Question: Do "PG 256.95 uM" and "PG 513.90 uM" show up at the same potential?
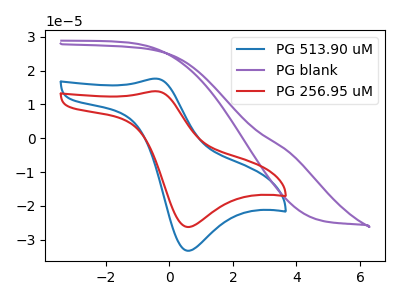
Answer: <think>The blue curve "PG 513.90 uM" has an anodic peak at (-0.40V, 17.60uA) and a cathodic peak at (0.60V, -33.25uA). The purple curve "PG blank" has no peaks. The red curve "PG 256.95 uM" has an anodic peak at (-0.40V, 13.90uA) and a cathodic peak at (0.60V, -26.20uA).
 All the peaks in "PG 256.95 uM" have a peak in "PG 513.90 uM" at the same potential. Every peak in "PG 256.95 uM" is lower than every peak in "PG 513.90 uM".</think>
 <answer>"PG 256.95 uM" and "PG 513.90 uM" are similar in shape.</answer>
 <eval>same_shape</eval>